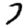
Digit: 7